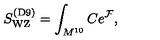
S _ { \mathrm { W Z } } ^ { \mathrm { ( D 9 ) } } = \int _ { M ^ { 1 0 } } C e ^ { { \cal F } } ,